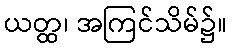
ယတ္ထ၊ အကြင်သိမ်၌။